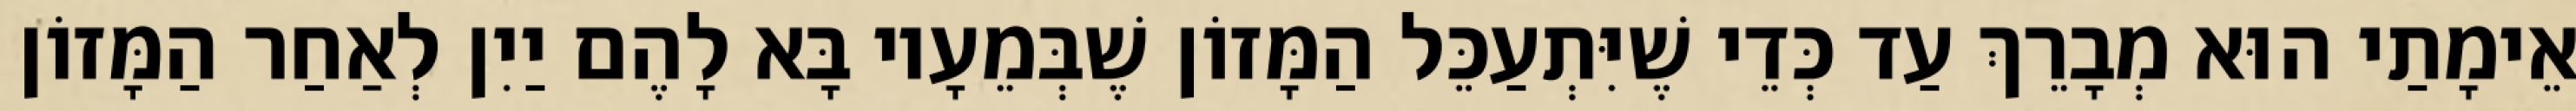
אֵימָתַי הוּא מְבָרֵךְ עַד כְּדֵי שֶׁיִּתְעַכֵּל הַמָּזוֹן שֶׁבְּמֵעָיו בָּא לָהֶם יַיִן לְאַחַר הַמָּזוֹן